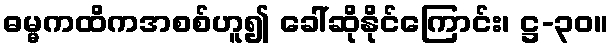
ဓမ္မကထိကအစစ်ဟူ၍ ခေါ်ဆိုနိုင်ကြောင်း၊ ဋ္ဌ-၃၀။